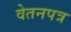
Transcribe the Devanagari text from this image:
वेतनपत्र